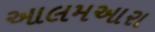
આલમઆરા